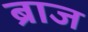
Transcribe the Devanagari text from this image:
ब्राज